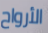
الأرواح